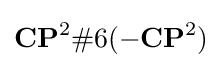
\mathbf {CP} ^{2}\#6(-\mathbf {CP} ^{2})